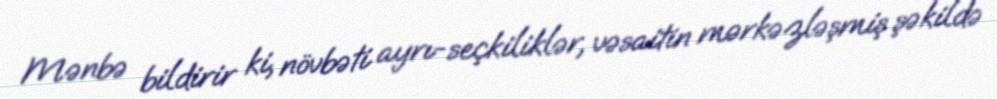
Mənbə bildirir ki, növbəti ayrı-seçkiliklər, vəsaitin mərkəzləşmiş şəkildə